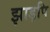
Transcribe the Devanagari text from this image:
झाड़पि